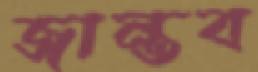
জান্তব